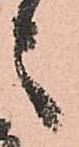
之